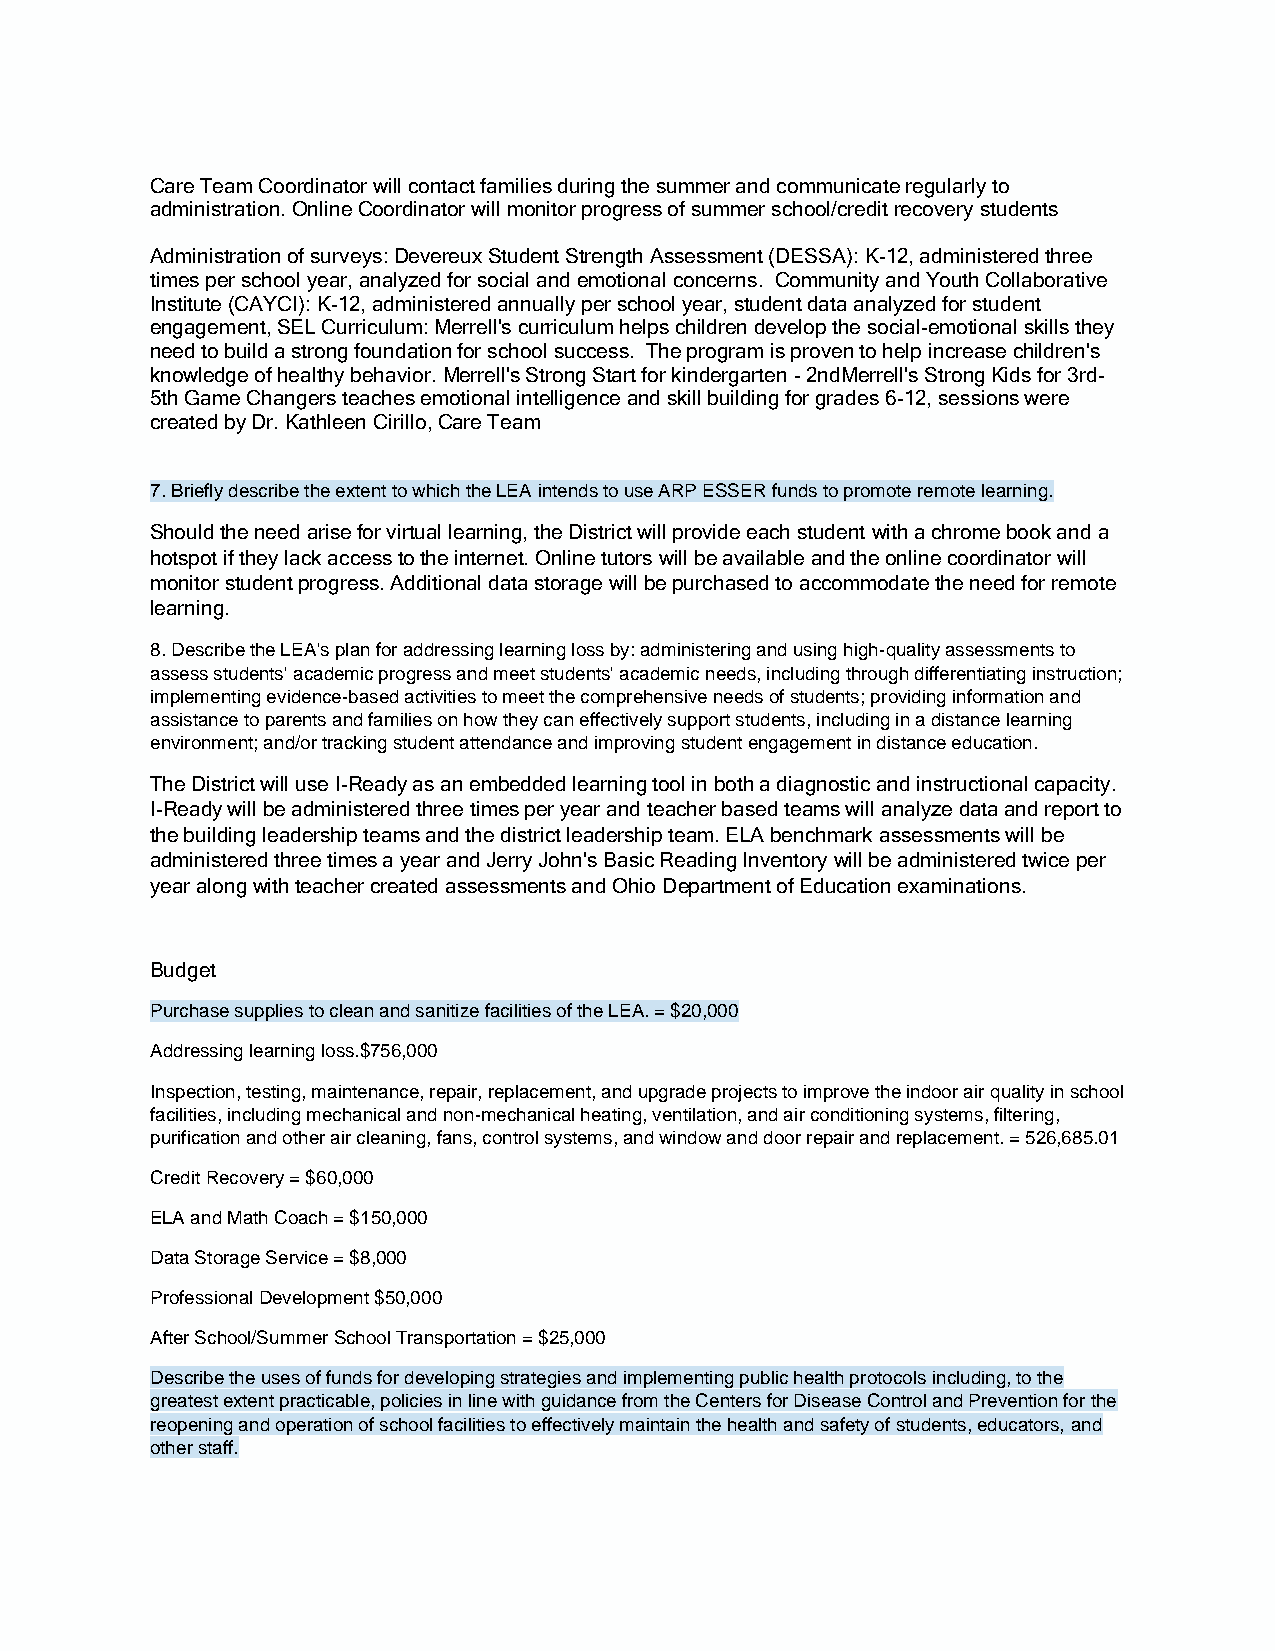
Care Team Coordinator will contact families during the summer and communicate regularly to
 administration. Online Coordinator will monitor progress of summer school/credit recovery students
 Administration of surveys: Devereux Student Strength Assessment (DESSA): K-12, administered three
 times per school year, analyzed for social and emotional concerns. Community and Youth Collaborative
 Institute (CAYCI): K-12, administered annually per school year, student data analyzed for student
 engagement, SEL Curriculum: Merrell's curriculum helps children develop the social-emotional skills they
 need to build a strong foundation for school success. The program is proven to help increase children's
 knowledge of healthy behavior. Merrell's Strong Start for kindergarten - 2ndMerrell's Strong Kids for 3rd-
 5th Game Changers teaches emotional intelligence and skill building for grades 6-12, sessions were
 created by Dr. Kathleen Cirillo, Care Team
 7. Briefly describe the extent to which the LEA intends to use ARP ESSER funds to promote remote learning.
 Should the need arise for virtual learning, the District will provide each student with a chrome book and a
 hotspot if they lack access to the internet. Online tutors will be available and the online coordinator will
 monitor student progress. Additional data storage will be purchased to accommodate the need for remote
 learning.
 8. Describe the LEA's plan for addressing learning loss by: administering and using high-quality assessments to
 assess students' academic progress and meet students' academic needs, including through differentiating instruction;
 implementing evidence-based activities to meet the comprehensive needs of students; providing information and
 assistance to parents and families on how they can effectively support students, including in a distance learning
 environment; and/or tracking student attendance and improving student engagement in distance education.
 The District will use I-Ready as an embedded learning tool in both a diagnostic and instructional capacity.
 I-Ready will be administered three times per year and teacher based teams will analyze data and report to
 the building leadership teams and the district leadership team. ELA benchmark assessments will be
 administered three times a year and Jerry John's Basic Reading Inventory will be administered twice per
 year along with teacher created assessments and Ohio Department of Education examinations.
 Budget
 Purchase supplies to clean and sanitize facilities of the LEA. = $20,000
 Addressing learning loss.$756,000
 Inspection, testing, maintenance, repair, replacement, and upgrade projects to improve the indoor air quality in school
 facilities, including mechanical and non-mechanical heating, ventilation, and air conditioning systems, filtering,
 purification and other air cleaning, fans, control systems, and window and door repair and replacement. = 526,685.01
 Credit Recovery = $60,000
 ELA and Math Coach = $150,000
 Data Storage Service = $8,000
 Professional Development $50,000
 After School/Summer School Transportation = $25,000
 Describe the uses of funds for developing strategies and implementing public health protocols including, to the
 greatest extent practicable, policies in line with guidance from the Centers for Disease Control and Prevention for the
 reopening and operation of school facilities to effectively maintain the health and safety of students, educators, and
 other staff.